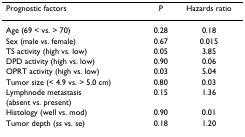
<table><thead><tr><td><b>Prognostic factors</b></td><td><b>P</b></td><td><b>Hazards ratio</b></td></tr></thead><tbody><tr><td>Age (69 &lt; vs. &gt; 70)</td><td>0.28</td><td>0.18</td></tr><tr><td>Sex (male vs. female)</td><td>0.67</td><td>0.015</td></tr><tr><td>TS activity (high vs. low)</td><td>0.05</td><td>3.85</td></tr><tr><td>DPD activity (high vs. low)</td><td>0.90</td><td>0.06</td></tr><tr><td>OPRT activity (high vs. low)</td><td>0.03</td><td>5.04</td></tr><tr><td>Tumor size (&lt; 4.9 vs. &gt; 5.0 cm)</td><td>0.80</td><td>0.03</td></tr><tr><td>Lymphnode metastasis</td><td>0.15</td><td>1.36</td></tr><tr><td>(absent vs. present)</td><td></td><td></td></tr><tr><td>Histology (well vs. mod)</td><td>0.90</td><td>0.01</td></tr><tr><td>Tumor depth (ss vs. se)</td><td>0.18</td><td>1.20</td></tr></tbody></table>